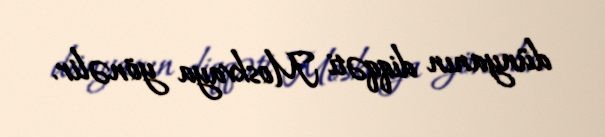
dünyanın diqqəti Moskvaya yönəlir.